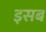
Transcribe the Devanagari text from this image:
इसब